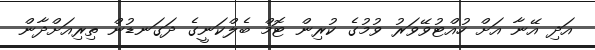
އަދި އޭނާ އަށް ހުއްޓުވޭވަރު ވުމުގެ ކުރިން ޓޮމް ބެލްކަނީގެ ދަގަނޑުން ތިރިއަށްދާން